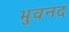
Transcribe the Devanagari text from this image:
भुवनद